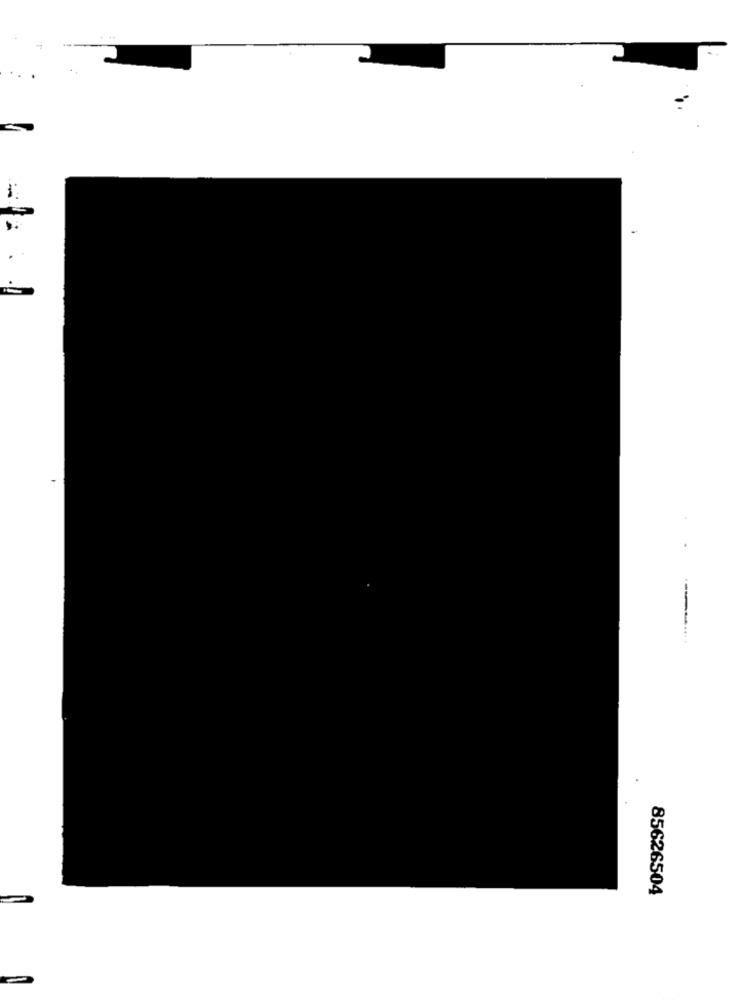
-----
85626504